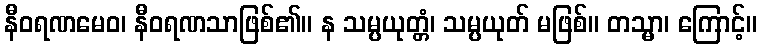
နီဝရဏမေဝ၊ နီဝရဏသာဖြစ်၏။ န သမ္ပယုတ္တံ၊ သမ္ပယုတ် မဖြစ်။ တသ္မာ၊ ကြောင့်။